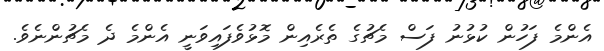
އެންމެ ފަހުން ކުޅުނު ފަސް މެޗުގެ ތެރެއިން މޮޅުވެފައިވަނީ އެންމެ ދެ މެޗުންނެވެ.